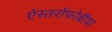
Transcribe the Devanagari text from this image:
ऐस्तरोंफोबीया